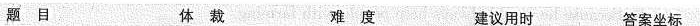
题 目 体 裁 难 度 建议用时 答案坐标